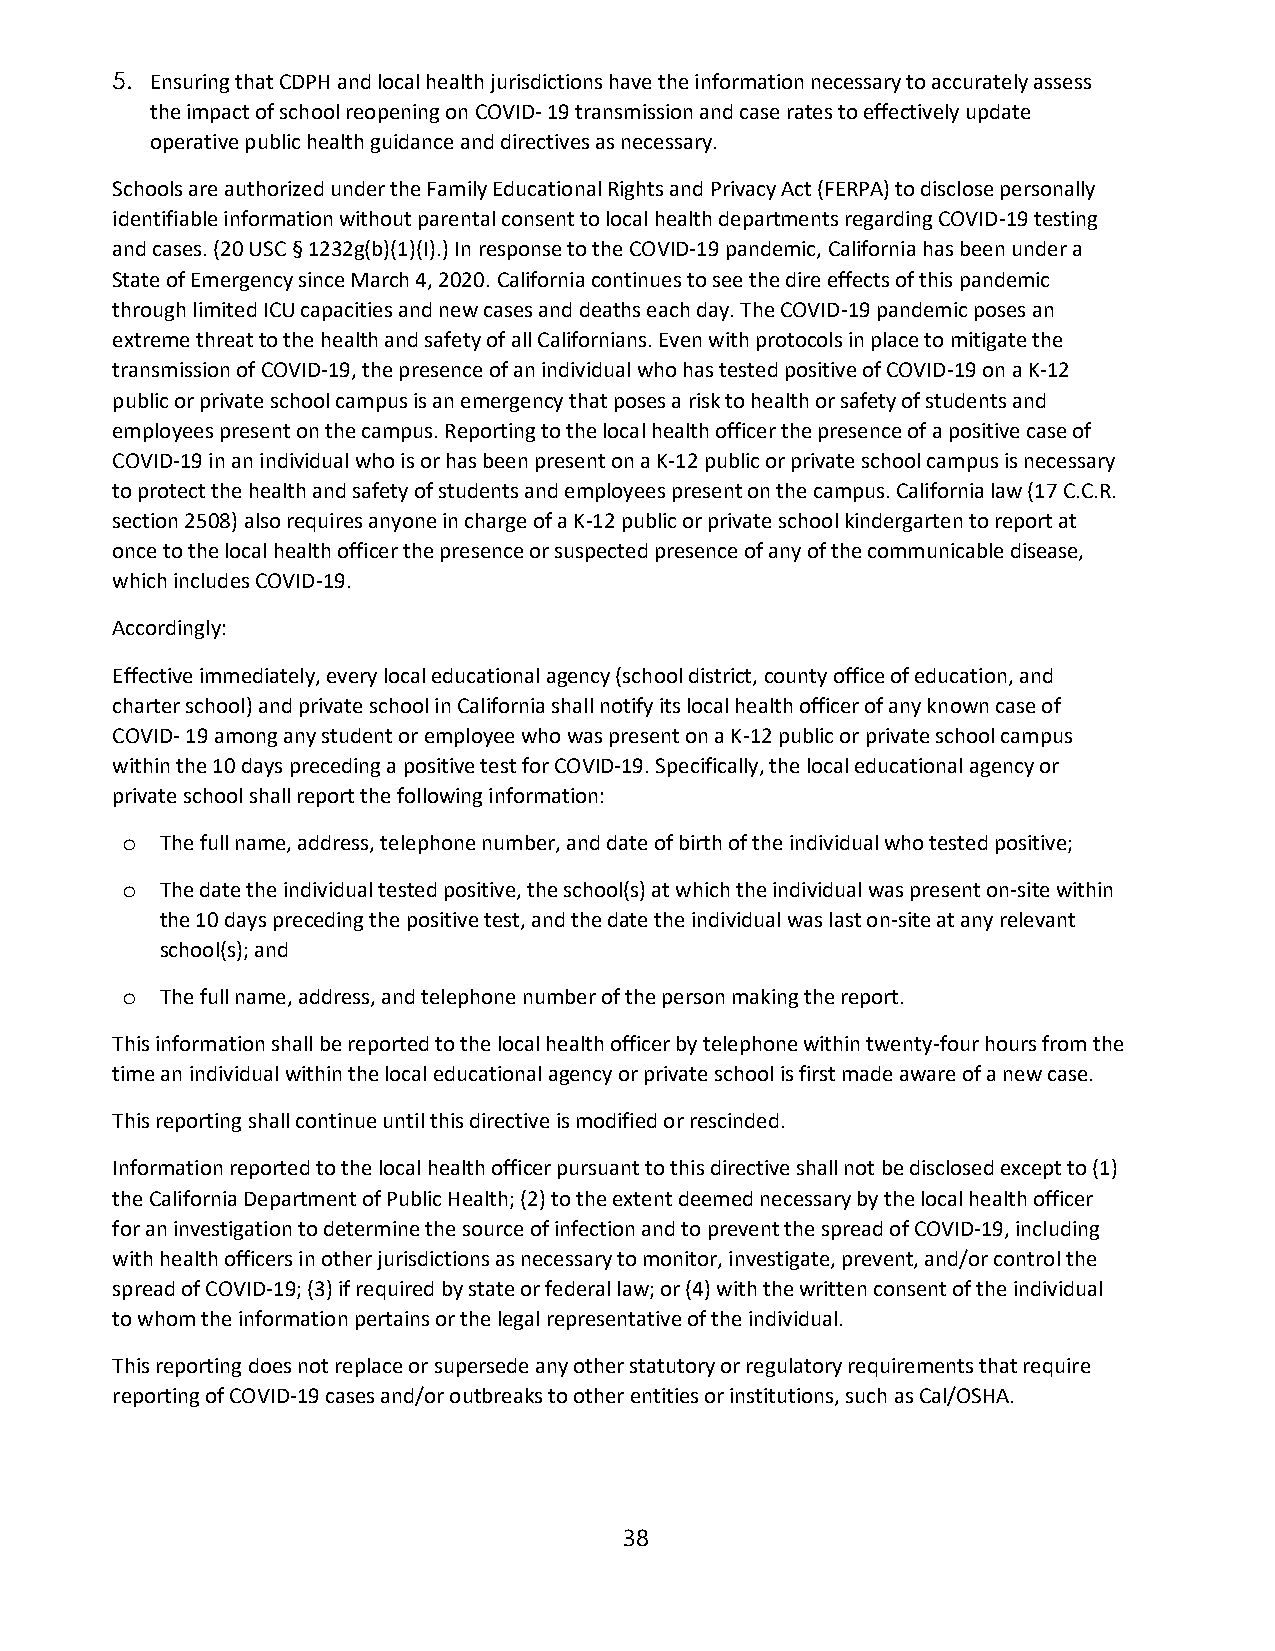
5. Ensuring that CDPH and local health jurisdictions have the information necessary to accurately assess
 the impact of school reopening on COVID- 19 transmission and case rates to effectively update
 operative public health guidance and directives as necessary.
 Schools are authorized under the Family Educational Rights and Privacy Act (FERPA) to disclose personally
 identifiable information without parental consent to local health departments regarding COVID-19 testing
 and cases. (20 USC § 1232g(b)(1)(I).) In response to the COVID-19 pandemic, California has been under a
 State of Emergency since March 4, 2020. California continues to see the dire effects of this pandemic
 through limited ICU capacities and new cases and deaths each day. The COVID-19 pandemic poses an
 extreme threat to the health and safety of all Californians. Even with protocols in place to mitigate the
 transmission of COVID-19, the presence of an individual who has tested positive of COVID-19 on a K-12
 public or private school campus is an emergency that poses a risk to health or safety of students and
 employees present on the campus. Reporting to the local health officer the presence of a positive case of
 COVID-19 in an individual who is or has been present on a K-12 public or private school campus is necessary
 to protect the health and safety of students and employees present on the campus. California law (17 C.C.R.
 section 2508) also requires anyone in charge of a K-12 public or private school kindergarten to report at
 once to the local health officer the presence or suspected presence of any of the communicable disease,
 which includes COVID-19.
 Accordingly:
 Effective immediately, every local educational agency (school district, county office of education, and
 charter school) and private school in California shall notify its local health officer of any known case of
 COVID- 19 among any student or employee who was present on a K-12 public or private school campus
 within the 10 days preceding a positive test for COVID-19. Specifically, the local educational agency or
 private school shall report the following information:
 o  The full name, address, telephone number, and date of birth of the individual who tested positive;
 o  The date the individual tested positive, the school(s) at which the individual was present on-site within
 the 10 days preceding the positive test, and the date the individual was last on-site at any relevant
 school(s); and
 o  The full name, address, and telephone number of the person making the report.
 This information shall be reported to the local health officer by telephone within twenty-four hours from the
 time an individual within the local educational agency or private school is first made aware of a new case.
 This reporting shall continue until this directive is modified or rescinded.
 Information reported to the local health officer pursuant to this directive shall not be disclosed except to (1)
 the California Department of Public Health; (2) to the extent deemed necessary by the local health officer
 for an investigation to determine the source of infection and to prevent the spread of COVID-19, including
 with health officers in other jurisdictions as necessary to monitor, investigate, prevent, and/or control the
 spread of COVID-19; (3) if required by state or federal law; or (4) with the written consent of the individual
 to whom the information pertains or the legal representative of the individual.
 This reporting does not replace or supersede any other statutory or regulatory requirements that require
 reporting of COVID-19 cases and/or outbreaks to other entities or institutions, such as Cal/OSHA.
 38